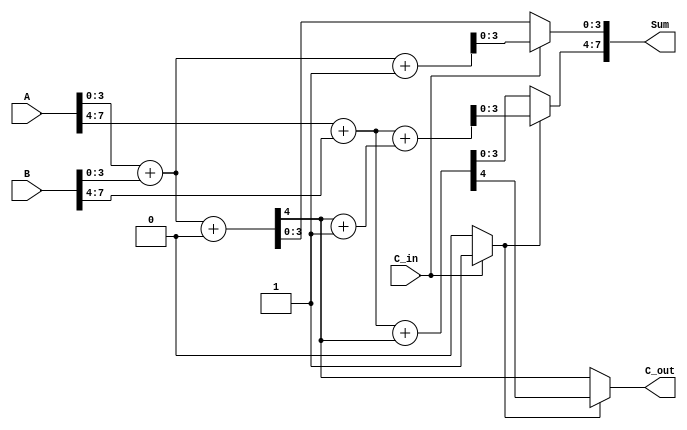
module CarrySelectAdder (
    input [7:0] A,         // First input number
    input [7:0] B,         // Second input number
    input C_in,            // Carry-in for the least significant segment
    output [7:0] Sum,      // Sum output
    output C_out           // Carry-out for the most significant segment
);

    wire [3:0] S0, S1;     // Partial sums for segment 0
    wire [3:0] S2, S3;     // Partial sums for segment 1
    wire C0, C1;           // Carry outputs for segments
    wire C0_mux_select;    // MUX select for carry

    // Segment 0: A[3:0] + B[3:0] with C_in = 0
    assign {C0, S0} = A[3:0] + B[3:0] + 1'b0;

    // Segment 0: A[3:0] + B[3:0] with C_in = 1
    assign {C0, S1} = A[3:0] + B[3:0] + 1'b1;

    // Segment 1: A[7:4] + B[7:4] with C_in = C0
    assign {C1, S2} = A[7:4] + B[7:4] + C0;

    // Segment 1: A[7:4] + B[7:4] with C_in = C0 + 1
    assign {C1, S3} = A[7:4] + B[7:4] + (C0 + 1'b1);

    // MUX to select the correct sum and carry
    assign C0_mux_select = (C_in) ? 1'b1 : 1'b0;

    // Final outputs
    assign Sum[3:0] = (C_in) ? S1 : S0; // Select the appropriate sum for segment 0
    assign Sum[7:4] = (C0_mux_select) ? S3 : S2; // Select the appropriate sum for segment 1
    assign C_out = (C0_mux_select) ? C1 : C0; // Select the appropriate carry-out

endmodule